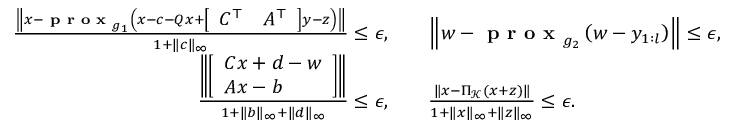
\begin{array} { r l } { \frac { \left\| x - \textbf { p r o x } _ { g _ { 1 } } \left( x - c - Q x + \left[ \begin{array} { l l } { C ^ { \top } } & { A ^ { \top } } \end{array} \right] y - z \right) \right\| } { 1 + \| c \| _ { \infty } } \leq \epsilon , } & { \quad \left\| w - \textbf { p r o x } _ { g _ { 2 } } \left( w - y _ { 1 : l } \right) \right\| \leq \epsilon , } \\ { \frac { \left\| \left[ \begin{array} { l } { C x + d - w } \\ { A x - b } \end{array} \right] \right\| } { 1 + \| b \| _ { \infty } + \| d \| _ { \infty } } \leq \epsilon , } & { \quad \frac { \| x - \Pi _ { \mathcal { K } } ( x + z ) \| } { 1 + \| x \| _ { \infty } + \| z \| _ { \infty } } \leq \epsilon . } \end{array}